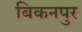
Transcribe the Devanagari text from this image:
बिकनपुर